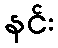
နင်း